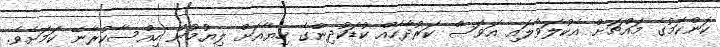
ކަންކަމުގެ މައްޗަށް އެކުލަވާލައި އަވަސް ކަރުދާހެއް ކުޑަކުދިންގެ ހިޔާއަށް ލިޔުމުން ހިއްސާކުރާނޭ ކަމަށެވެ.